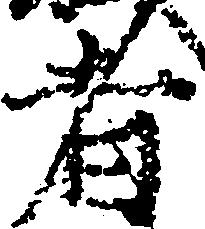
者